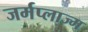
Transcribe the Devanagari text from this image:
जर्मप्लाज्म